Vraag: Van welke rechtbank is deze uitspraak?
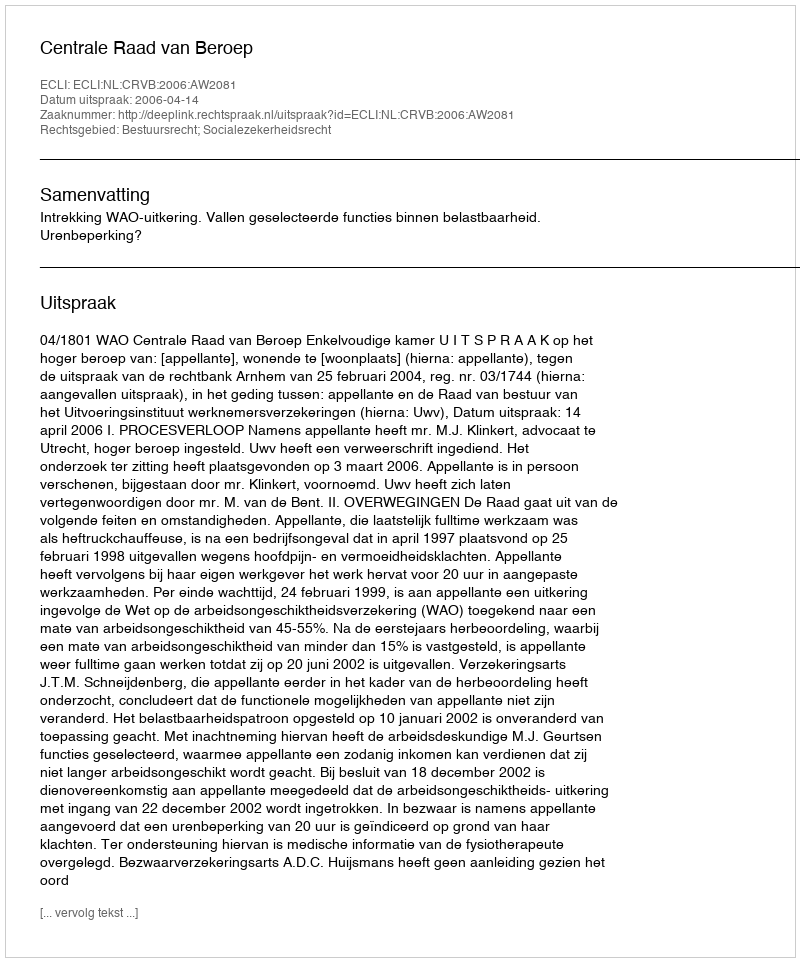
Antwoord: Centrale Raad van Beroep